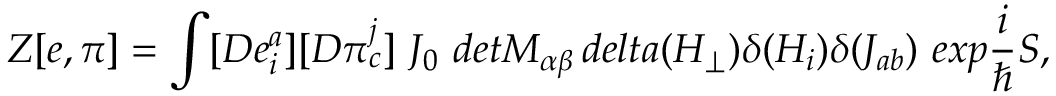
Z [ e , \pi ] = \int [ D e _ { i } ^ { a } ] [ D \pi _ { c } ^ { j } ] \ J _ { 0 } \ d e t M _ { \alpha \beta } \, d e l t a ( H _ { \perp } ) \delta ( H _ { i } ) \delta ( J _ { a b } ) \ e x p \frac { i } { \hbar } S ,